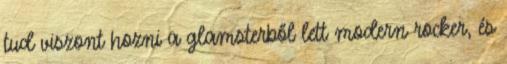
tud viszont hozni a glamsterből lett modern rocker, és